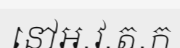
នៅអ.វ.ត.ក